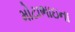
મોટાભાઇના